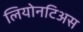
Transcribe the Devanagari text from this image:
लियोनटिअस